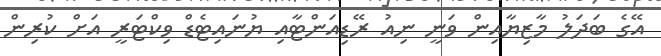
އޭގެ ބަދަލު މާޒިޔާއިން ވަނީ ނިއު ރޭޑިއަންޓާއި ޔުނައިޓެޑް ވިކްޓަރީ އަށް ކުރިން